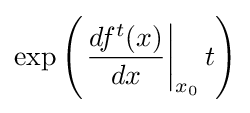
\exp \left(\left.{\frac {df^{t}(x)}{dx}}\right|_{x_{0}}t\right)